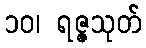
၁၀၊ ရဇ္ဇသုတ်